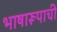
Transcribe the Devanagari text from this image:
भाषारूपाची